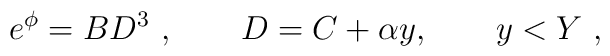
e^{\phi}= B D^3 \ , \qquad D= C + \alpha y , \qquad y <Y \ ,